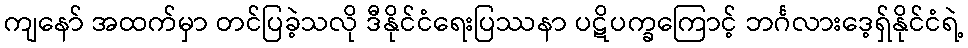
ကျနော် အထက်မှာ တင်ပြခဲ့သလို ဒီနိုင်ငံရေးပြဿနာ ပဋိပက္ခကြောင့် ဘင်္ဂလားဒေ့ရှ်နိုင်ငံရဲ့